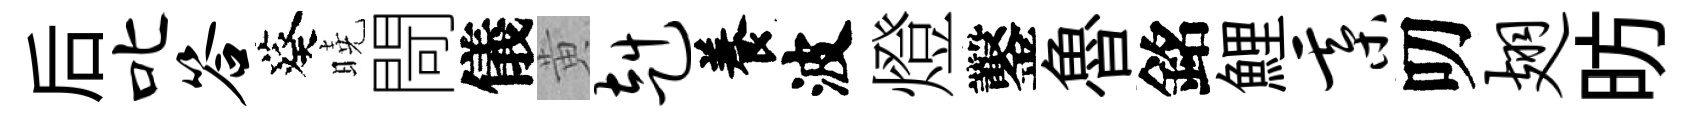
后叱答葵曉閜儀黄赳養波燈鑿魯銘鯉綦叨翅昉